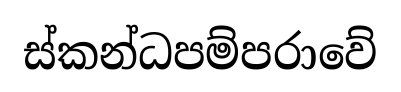
ස්කන්ධපම්පරාවේ